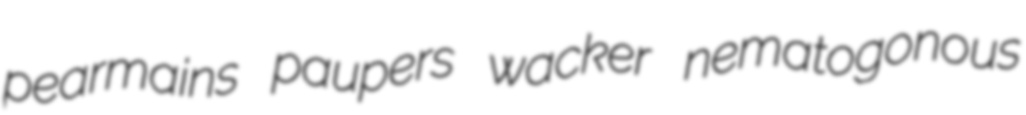
pearmains paupers wacker nematogonous